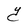
Character: Y